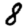
Digit: 8